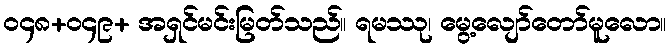
၀၄၈+၀၄၉+ အရှင်မင်းမြတ်သည်။ ရမဿု၊ မွေ့လျော်တော်မူလော။